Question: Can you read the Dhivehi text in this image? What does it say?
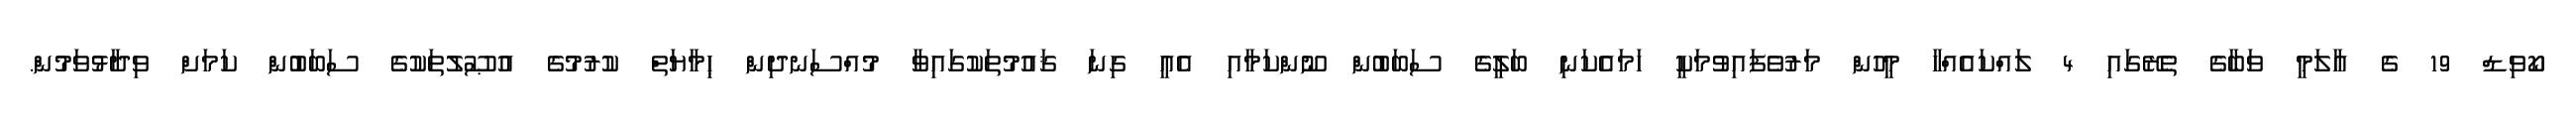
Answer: ކޯވިޑް 19 ގެ ޢާލަމީ ވަބާގެ ތެރޭގައި 4 ލައްކައެއްހާ މީހުން މަރުވެފައިވުމަކީ ހަމައެކަނި ބަލީގެ ސަބަބުން ނޫންކަމާއި އެއީ ގިނަ ޤައުމުތަކުގައިވާ މުއްސަނދިން ޙިމާޔަތް ކުރުމުގެ އުޞޫލުތަކުގެ ސަބަބުން ކަމަށް ވިދާޅުވަމުން.